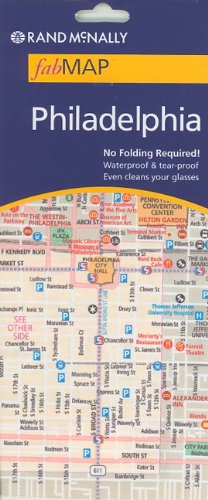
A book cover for Rand McNally fabMAP: Philadelphia; Rand McNally; Travel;